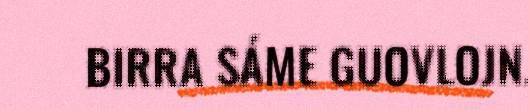
BIRRA SÁME GUOVLOJN.